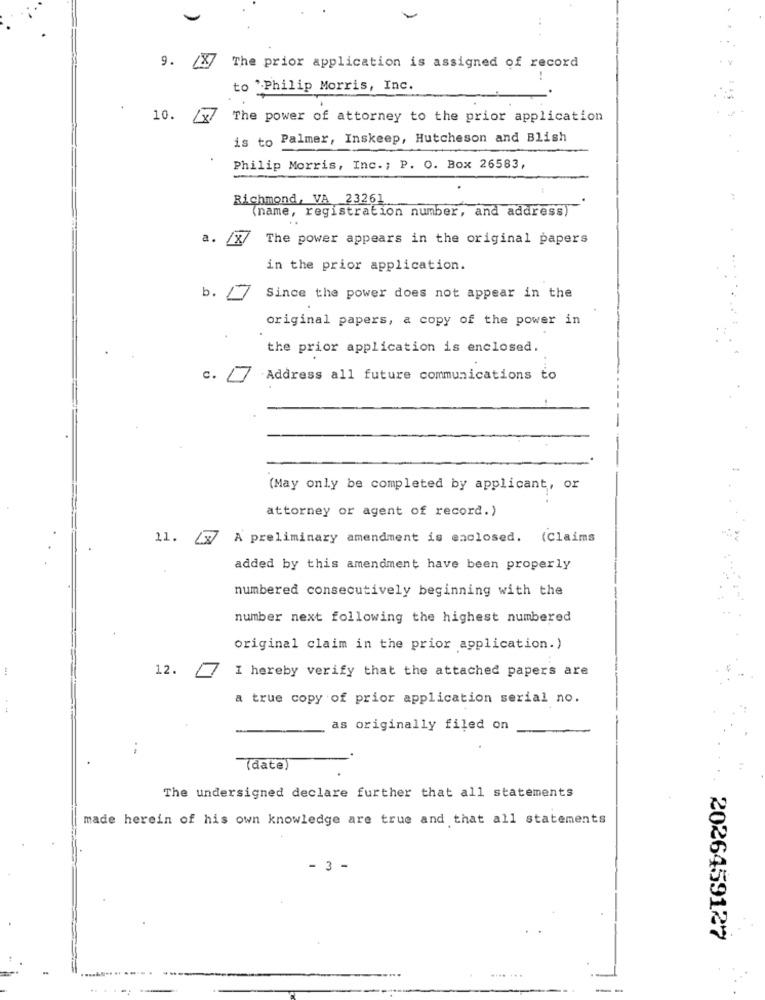
9.
The prior application is assigned of record
to "Philip Morris, Inc.
10.
The power of attorney to the prior application
is to Palmer, Inskeep, Hutcheson and Blish
Philip Morris, Inc. ; P. O. Box 26583,
Richmond, VA 23261
(name, registration number, and address)
a.
The power appears in the original papers
in the prior application.
b.
Since the power does not appear in the
original papers, a copy of the power in
the prior application is enclosed.
-Address all future communications to
(May only be completed by applicant, or
attorney or agent of record.)
11.
A preliminary amendment is enclosed. (Claims
added by this amendment have been properly
numbered consecutively beginning with the
number next following the highest numbered
original claim in the prior application.)
12.
I hereby verify that the attached papers are
a true copy of prior application serial no.
--
as originally filed on
(date)
The undersigned declare further that all statements
made herein of his own knowledge are true and that all statements
- 3 -
2026459127